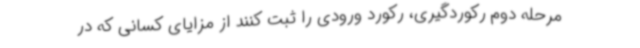
مرحله دوم رکوردگیری، رکورد ورودی را ثبت کنند از مزایای کسانی که در